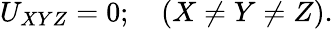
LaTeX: U_{XYZ}=0;\quad(X\ne Y\ne Z).